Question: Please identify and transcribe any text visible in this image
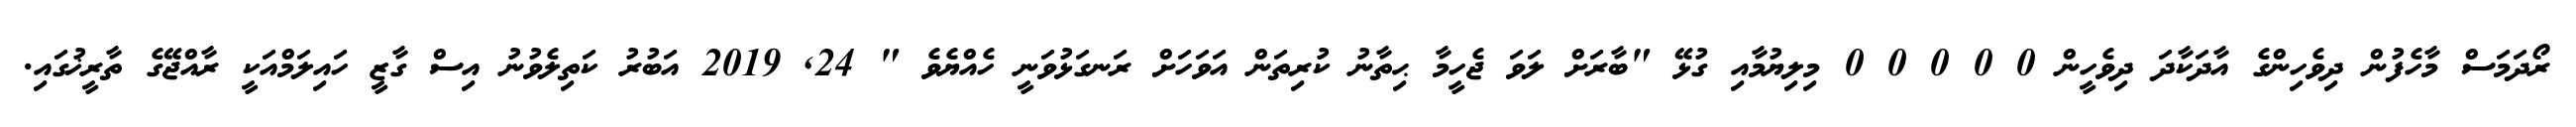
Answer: ރޯދަމަސް މާހެފުން ދިވެހިންގެ އާދަކާދަ ދިވެހީން 0 0 0 0 0 މިލިޔުމާއި ގުޅޭ "ބާރަށް ލަވަ ޖެހީމާ ޙިތާނު ކުރިތަން އަވަހަށް ރަނގަޅުވަނީ ހެއްޔެވެ " 24, 2019 އަބުރު ކަތިލެވުނު އިސް ގާޒީ ހައިލަމްއަކީ ރާއްޖޭގެ ތާރީޚުގައި.